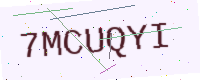
Text: 7MCUQYI